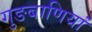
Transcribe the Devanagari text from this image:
गुङबाणियां